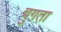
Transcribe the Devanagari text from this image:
चुगता